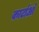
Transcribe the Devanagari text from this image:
कार्टाओ